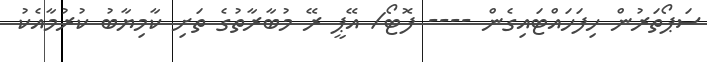
ސަޕޯތަރުން ހިފަހައްޓައިގެން ---- ފޮޓޯ/ އޭޕީ ރޭ މުބާރާތުގެ ތަށި ކާމިޔާބު ކުރުމާއެކު